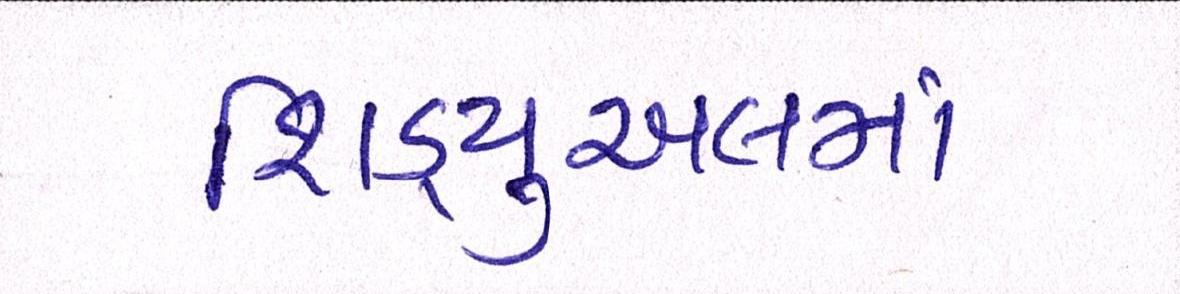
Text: શિડ્યુઅલમાં